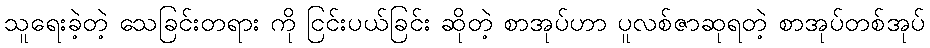
သူရေးခဲ့တဲ့ သေခြင်းတရား ကို ငြင်းပယ်ခြင်း ဆိုတဲ့ စာအုပ်ဟာ ပူလစ်ဇာဆုရတဲ့ စာအုပ်တစ်အုပ်